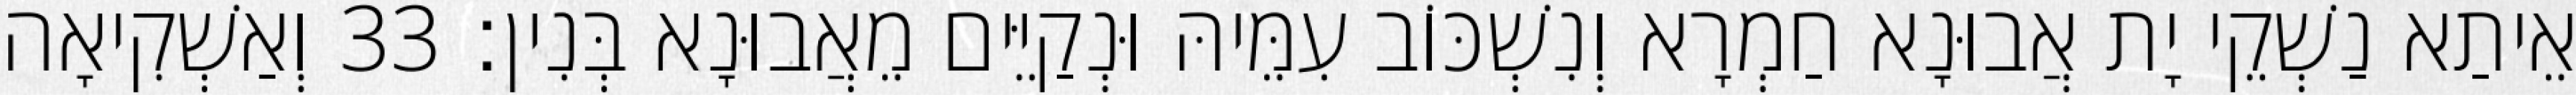
אֵיתַא נַשְׁקֵי יָת אֲבוּנָא חַמְרָא וְנִשְׁכּוֹב עִמֵּיהּ וּנְקַיֵּים מֵאֲבוּנָא בְּנִין׃ 33 וְאַשְׁקִיאָה